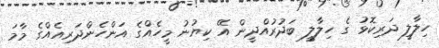
ހިލާލީ ދަރިކޮޅު ގެ ހިލާލީ ބަދުރުއްދީން އޭ ކިޔުނު މީހެއްގެ އަންހެންދަރިއެއްގެ މާމަ